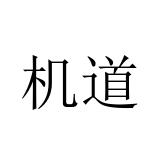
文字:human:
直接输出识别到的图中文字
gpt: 机道